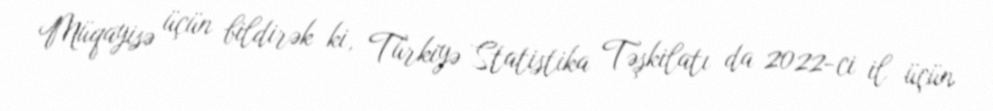
Müqayisə üçün bildirək ki, Türkiyə Statistika Təşkilatı da 2022-ci il üçün